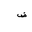
Letter: _dad